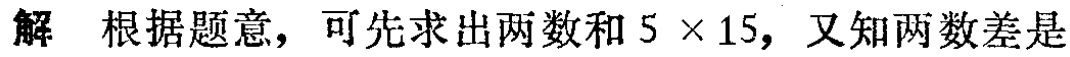
解 根据题意，可先求出两数和\(5\times 15\)，又知两数差是